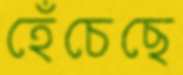
হেঁচেছে